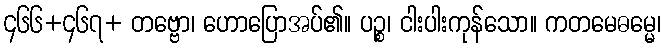
၄၆၆+၄၆၇+ တဗ္ဗော၊ ဟောပြောအပ်၏။ ပဉ္စ၊ ငါးပါးကုန်သော။ ကတမေဓမ္မေ၊